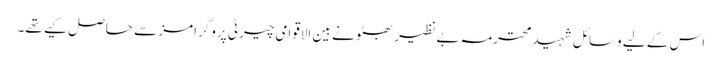
اس کے لیے وسائل شہید محترمہ بے نظیر بھٹو نے بین الاقوامی چیرٹی پروگرامز سے حاصل کیے تھے۔